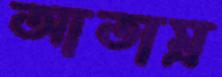
আতাম্র